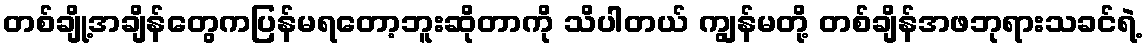
တစ်ချို့အချိန်တွေကပြန်မရတော့ဘူးဆိုတာကို သိပါတယ် ကျွန်မတို့ တစ်ချိန်အဖဘုရားသခင်ရဲ့